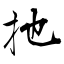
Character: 扡